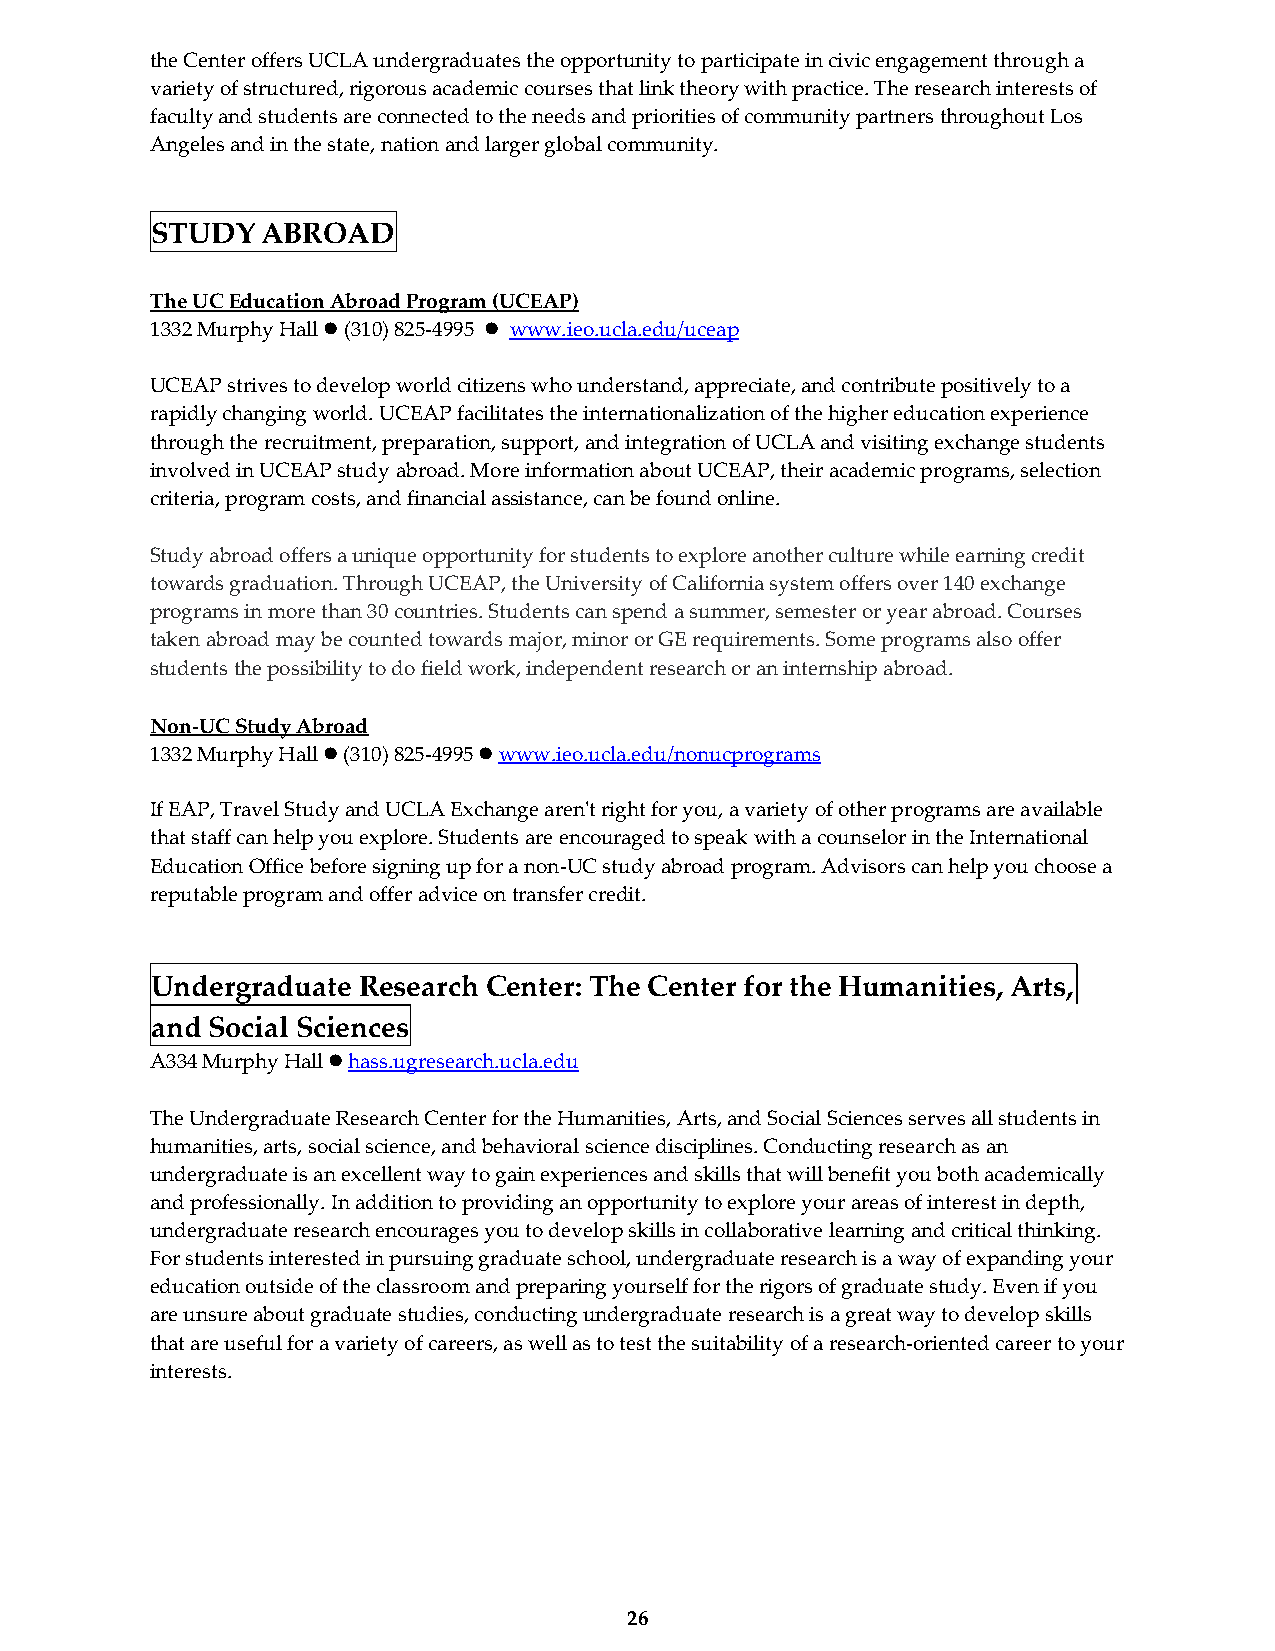
the Center offers UCLA undergraduates the opportunity to participate in civic engagement through a
 variety of structured, rigorous academic courses that link theory with practice. The research interests of
 faculty and students are connected to the needs and priorities of community partners throughout Los
 Angeles and in the state, nation and larger global community.
 STUDY  ABROAD
 The UC Education Abroad Program (UCEAP)
 1332 Murphy Hall ⚫ (310) 825-4995 ⚫ www.ieo.ucla.edu/uceap
 UCEAP strives to develop world citizens who understand, appreciate, and contribute positively to a
 rapidly changing world. UCEAP facilitates the internationalization of the higher education experience
 through the recruitment, preparation, support, and integration of UCLA and visiting exchange students
 involved in UCEAP study abroad. More information about UCEAP, their academic programs, selection
 criteria, program costs, and financial assistance, can be found online.
 Study abroad offers a unique opportunity for students to explore another culture while earning credit
 towards graduation. Through UCEAP, the University of California system offers over 140 exchange
 programs in more than 30 countries. Students can spend a summer, semester or year abroad. Courses
 taken abroad may be counted towards major, minor or GE requirements. Some programs also offer
 students the possibility to do field work, independent research or an internship abroad.
 Non-UC Study Abroad
 1332 Murphy Hall ⚫ (310) 825-4995 ⚫ www.ieo.ucla.edu/nonucprograms
 If EAP, Travel Study and UCLA Exchange aren't right for you, a variety of other programs are available
 that staff can help you explore. Students are encouraged to speak with a counselor in the International
 Education Office before signing up for a non-UC study abroad program. Advisors can help you choose a
 reputable program and offer advice on transfer credit.
 Undergraduate Research Center: The Center for the Humanities, Arts,
 and Social Sciences
 A334 Murphy Hall ⚫ hass.ugresearch.ucla.edu
 The Undergraduate Research Center for the Humanities, Arts, and Social Sciences serves all students in
 humanities, arts, social science, and behavioral science disciplines. Conducting research as an
 undergraduate is an excellent way to gain experiences and skills that will benefit you both academically
 and professionally. In addition to providing an opportunity to explore your areas of interest in depth,
 undergraduate research encourages you to develop skills in collaborative learning and critical thinking.
 For students interested in pursuing graduate school, undergraduate research is a way of expanding your
 education outside of the classroom and preparing yourself for the rigors of graduate study. Even if you
 are unsure about graduate studies, conducting undergraduate research is a great way to develop skills
 that are useful for a variety of careers, as well as to test the suitability of a research-oriented career to your
 interests.
 26